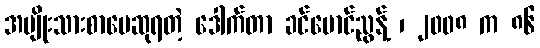
အမျိုးသားစာပေဆုရတဲ့ ဒေါက်တာ ခင်မောင်ညွန့် ၊ ၂၀၀၈ က ၈၆